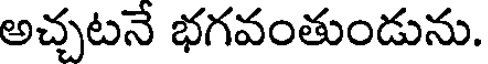
అచ్చటనే భగవంతుండును.